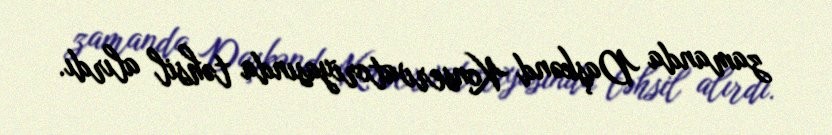
zamanda Daşkənd Konservatoriyasında təhsil alırdı.